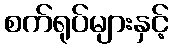
စက်ရုပ်များနှင့်